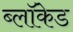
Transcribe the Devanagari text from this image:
ब्लॉकेड